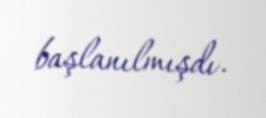
başlanılmışdı.